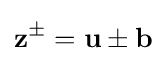
\mathbf {z} ^{\pm }=\mathbf {u} \pm \mathbf {b}